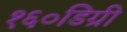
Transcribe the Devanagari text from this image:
१६०डिग्री